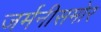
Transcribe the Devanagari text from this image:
जर्मनीसमोर